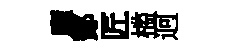
廱鄼匠槛迥